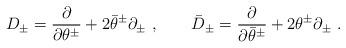
LaTeX: \begin{align*}D_\pm = \frac{\partial}{\partial \theta^\pm } + 2 \bar{\theta}^\pm \partial_\pm \ , \qquad\bar{D}_\pm = \frac{\partial}{\partial \bar{\theta}^\pm } + 2 {\theta}^\pm \partial_\pm \ .\end{align*}